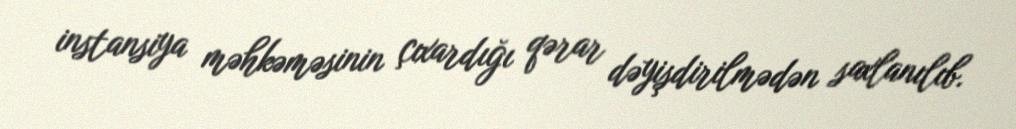
instansiya məhkəməsinin çıxardığı qərar dəyişdirilmədən saxlanılıb.